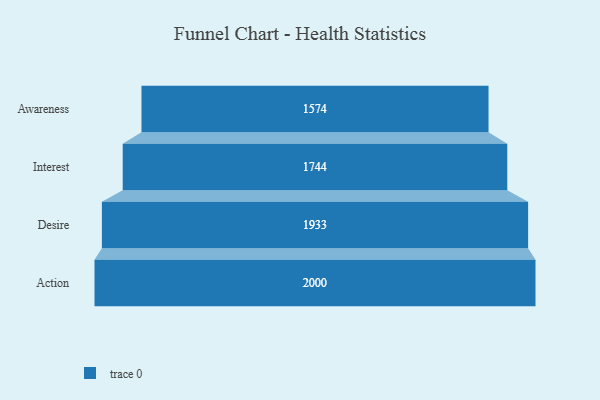
{"axis": {"x": "Stage", "y": "Value"}, "legend": [""], "data": [{"x": "Awareness", "y": 1574.0, "type": ""}, {"x": "Interest", "y": 1744.0, "type": ""}, {"x": "Desire", "y": 1933.0, "type": ""}, {"x": "Action", "y": 2000, "type": ""}]}